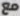
مع